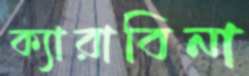
ক্যারাবিনা